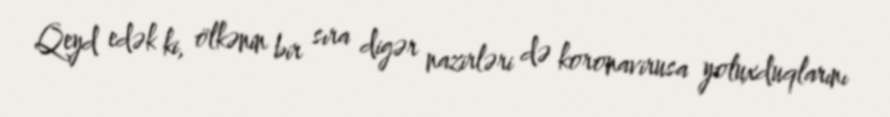
Qeyd edək ki, ölkənin bir sıra digər nazirləri də koronavirusa yoluxduqlarını